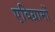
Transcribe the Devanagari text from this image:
एविग्रामों